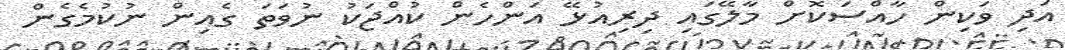
އަދި ވަކިން ހާއްސަކޮށް މާލޭގައި ދިރިއުޅޭ އަންހެން ކުއްޖަކު ނުވަތަ ގެއިން ނުކުމެގެން